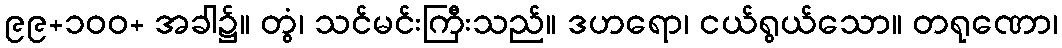
၉၉+၁၀၀+ အခါ၌။ တွံ၊ သင်မင်းကြီးသည်။ ဒဟရော၊ ငယ်ရွယ်သော။ တရုဏော၊